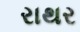
રાથર